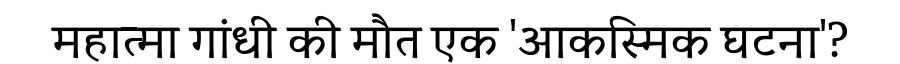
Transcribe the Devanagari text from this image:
महात्मा गांधी की मौत एक 'आकस्मिक घटना'?